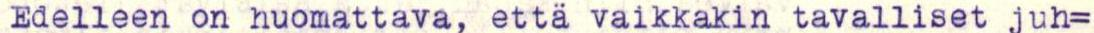
Edelleen on huomattava, että vaikkakin tavalliset juh=